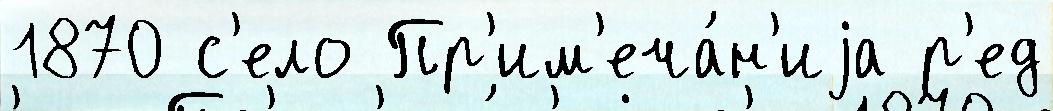
1870 с'ело Пр'им'еча́н'иjа р'ед